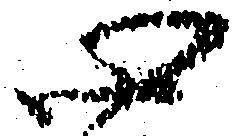
心